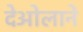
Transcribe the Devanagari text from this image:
देओलाने